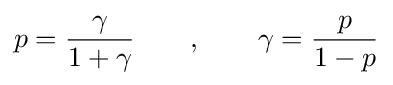
p={\frac {\gamma }{1+\gamma }}\qquad ,\qquad \gamma ={\frac {p}{1-p}}